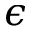
\epsilon